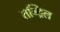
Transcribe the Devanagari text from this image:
तन्द्रिल